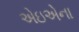
એઇએના